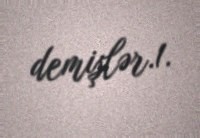
demişlər.1.